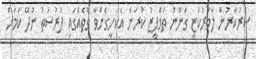
ސަރުކާރުން ލާމަރުކަޒީ ގަނޫނު ތަމްފީޒު ކުރަން އެކަށީގެންވާ ގޮތެއްގައި ފުރުސަތު ނުދޭ ކަމަށް